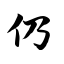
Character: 仍